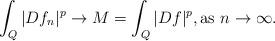
LaTeX: \begin{align*}\int_Q|Df_n|^p\rightarrow M=\int_Q|Df|^p, \mbox{as $n\to\infty$.}\end{align*}